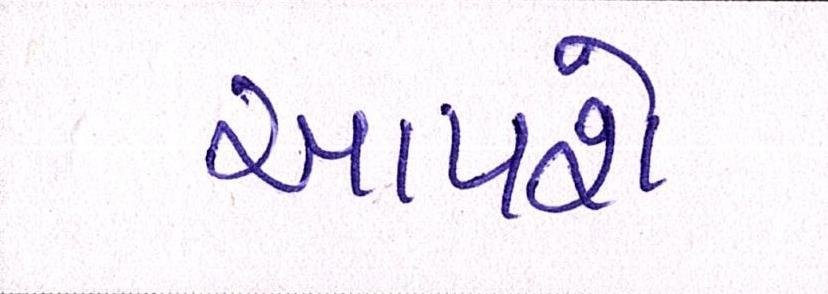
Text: આપશે